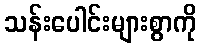
သန်းပေါင်းများစွာကို